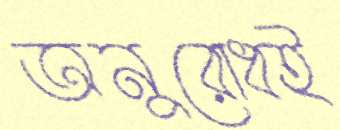
অনুরোধই